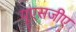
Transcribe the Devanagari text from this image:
यूएसजीए